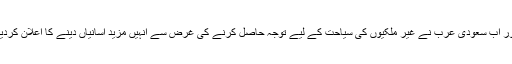
اور اب سعودی عرب نے غیر ملکیوں کی سیاحت کے لیے توجہ حاصل کرنے کی غرض سے انہیں مزید آسانیاں دینے کا اعلان کردیا۔